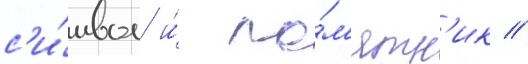
с'и́мвол и́ па́м'ятн'ик //